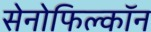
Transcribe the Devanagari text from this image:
सेनोफिल्कॉन